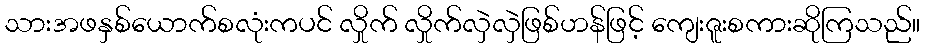
သားအဖနှစ်ယောက်စလုံးကပင် လှိုက် လှိုက်လှဲလှဲဖြစ်ဟန်ဖြင့် ကျေးဇူးစကားဆိုကြသည်။